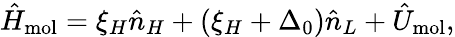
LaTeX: \hat{H}_{\mathrm{mol}}=\xi_{H}\hat{n}_{H}+\left(\xi_{H}+\Delta_{0}\right)\hat{n}_{L}+\hat{U}_{\mathrm{mol}},